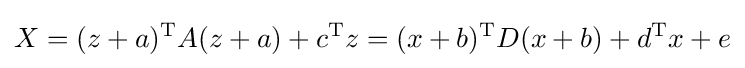
X=(z+a)^{\mathrm {T} }A(z+a)+c^{\mathrm {T} }z=(x+b)^{\mathrm {T} }D(x+b)+d^{\mathrm {T} }x+e